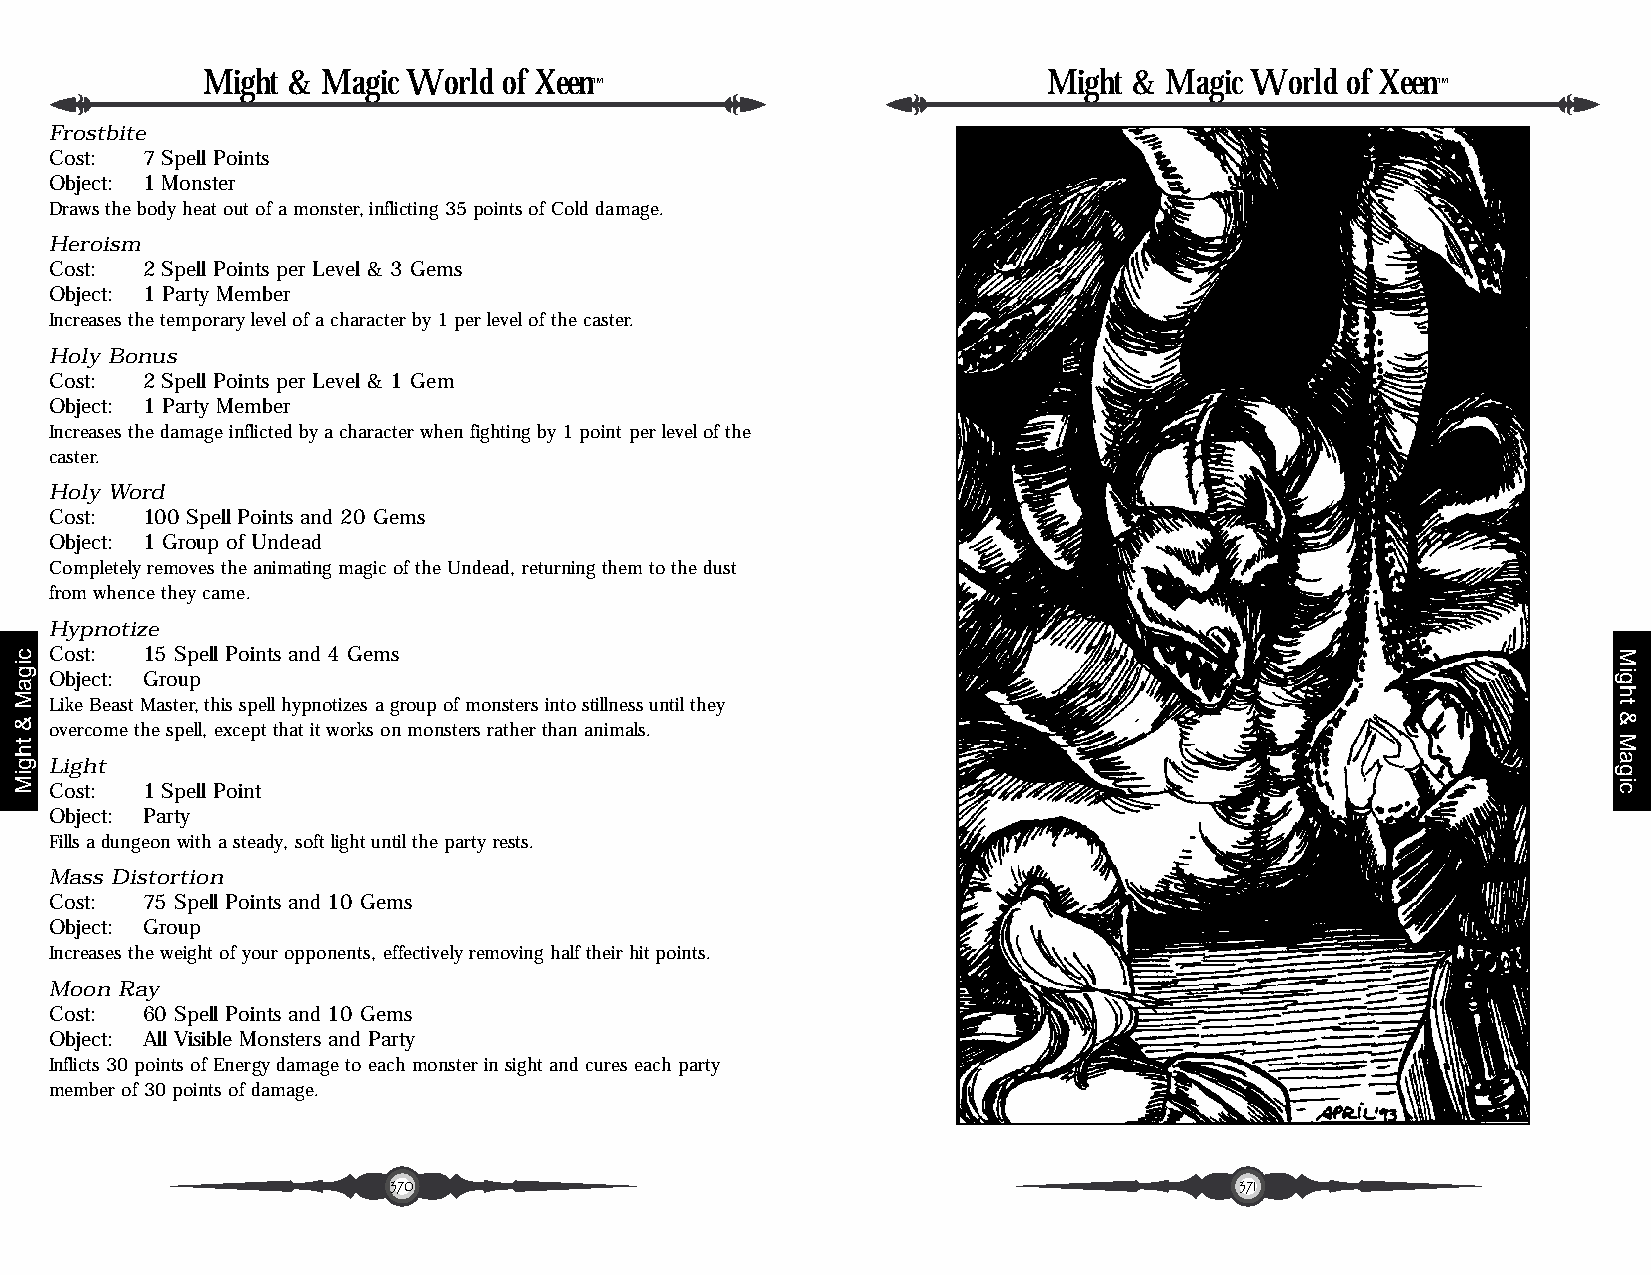
Might & Magic World of Xeen                             Might & Magic World of Xeen
 ™                                                       ™
 Frostbite
 Cost: 7 Spell Points
 Object: 1 Monster
 Draws the body heat out of a monster, inflicting 35 points of Cold damage.
 Heroism
 Cost: 2 Spell Points per Level & 3 Gems
 Object: 1 Party Member
 Increases the temporary level of a character by 1 per level of the caster.
 Holy Bonus
 Cost: 2 Spell Points per Level & 1 Gem
 Object: 1 Party Member
 Increases the damage inflicted by a character when fighting by 1 point per level of the
 caster.
 Holy Word
 Cost: 100 Spell Points and 20 Gems
 Object: 1 Group of Undead
 Completely removes the animating magic of the Undead, returning them to the dust
 from whence they came.
 Hypnotize
 Cost: 15 Spell Points and 4 Gems
 Object: Group
 Like Beast Master, this spell hypnotizes a group of monsters into stillness until they
 overcome the spell, except that it works on monsters rather than animals.
 Light
 Cost: 1 Spell Point
 Object: Party
 Fills a dungeon with a steady, soft light until the party rests.
 Mass Distortion
 Cost: 75 Spell Points and 10 Gems
 Object: Group
 Increases the weight of your opponents, effectively removing half their hit points.
 Moon Ray
 Cost: 60 Spell Points and 10 Gems
 Object: All Visible Monsters and Party
 Inflicts 30 points of Energy damage to each monster in sight and cures each party
 member of 30 points of damage.
 370                                                     371
 cigaM
 &
 thgiM
 Might
 &
 Magic